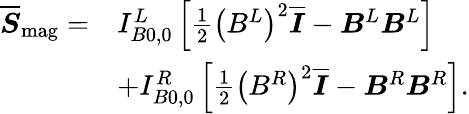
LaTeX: \begin{array}{rl}{\overline{{\boldsymbol{S}}}_{\mathrm{mag}}=}&{I_{B0,0}^{L}\left[\frac{1}{2}\left(B^{L}\right)^{2}\overline{{\boldsymbol{I}}}-\boldsymbol{B}^{L}\boldsymbol{B}^{L}\right]}\\ &{+I_{B0,0}^{R}\left[\frac{1}{2}\left(B^{R}\right)^{2}\overline{{\boldsymbol{I}}}-\boldsymbol{B}^{R}\boldsymbol{B}^{R}\right].}\end{array}